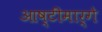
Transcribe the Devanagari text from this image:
आष्टीमार्गे